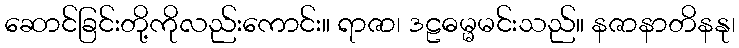
ဆောင်ခြင်းတို့ကိုလည်းကောင်း။ ရာဇာ၊ ဒဠဓမ္မမင်းသည်။ နဇာနာတိနနု၊